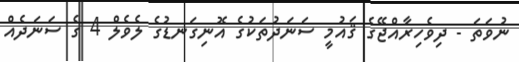
ނުވަތަ - ދިވެހިރާއްޖޭގެ ޤައުމީ ސަނަދުތަކުގެ އޮނިގަނޑުގެ ލެވެލް 4 ގެ ސަނަދެއް